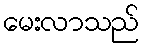
မေးလာသည်